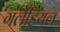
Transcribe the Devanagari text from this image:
गलैड्रियल